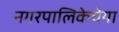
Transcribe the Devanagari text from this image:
नगरपालिकेचेया